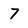
Character: 7